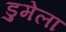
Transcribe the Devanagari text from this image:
डुमेला